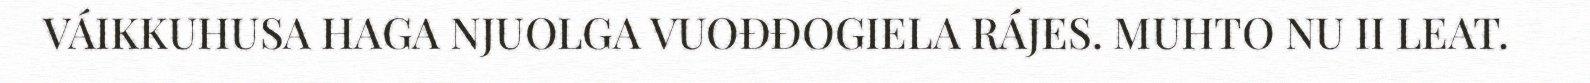
VÁIKKUHUSA HAGA NJUOLGA VUOĐĐOGIELA RÁJES. MUHTO NU II LEAT.